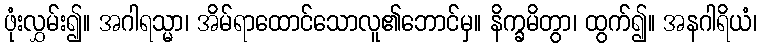
ဖုံးလွှမ်း၍။ အဂါရသ္မာ၊ အိမ်ရာထောင်သောလူ၏ဘောင်မှ။ နိက္ခမိတွာ၊ ထွက်၍။ အနဂါရိယံ၊